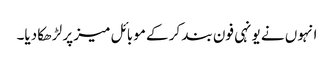
انہوں نے یونہی فون بند کر کے موبائل میز پر لڑھکا دیا۔